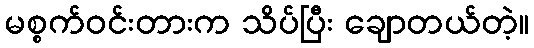
မစ္စက်ဝင်းတားက သိပ်ပြီး ချောတယ်တဲ့။